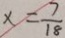
x = \frac { 7 } { 1 8 }